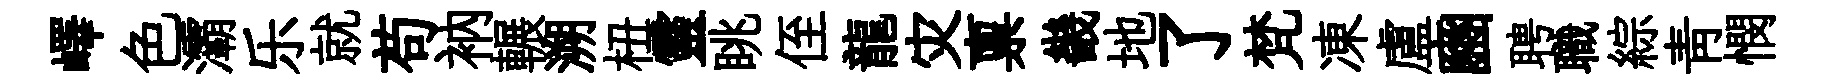
嶧色灞乐就苟衲輾溯杻靈眺侄龍灾禀畿地了梵凍盧豳聘職綜青憫